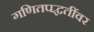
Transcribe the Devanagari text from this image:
गणितपद्धतींवर